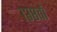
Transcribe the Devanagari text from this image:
१३८वॉ